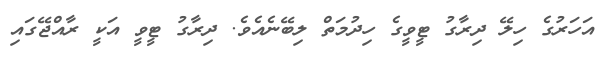
އަހަރުގެ ހިލޭ ދިރާގު ޓީވީގެ ހިދުމަތް ލިބޭނެއެވެ. ދިރާގު ޓީވީ އަކީ ރާއްޖޭގައި